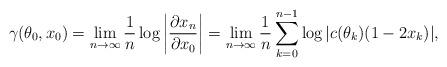
LaTeX: \begin{align*}\gamma(\theta_0, x_0) = \lim \limits_{n \to \infty} \frac1n \log \left| \frac{\partial x_n}{\partial x_0} \right| =\lim \limits_{n \to \infty} \frac1n \sum \limits_{k = 0}^{n-1} \log |c(\theta_k)(1-2x_k)|,\end{align*}